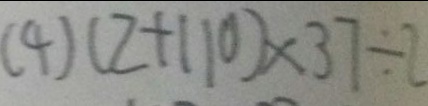
( 4 ) ( 2 + 1 1 0 ) \times 3 7 \div 2